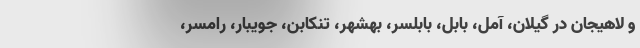
و لاهیجان در گیلان، آمل، بابل، بابلسر، بهشهر، تنکابن، جویبار، رامسر،